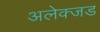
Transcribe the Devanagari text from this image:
अलेक्जड